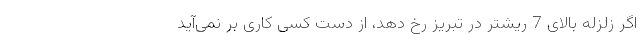
اگر زلزله بالای 7 ریشتر در تبریز رخ دهد، از دست کسی کاری بر نمی‌آید